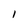
Character: l